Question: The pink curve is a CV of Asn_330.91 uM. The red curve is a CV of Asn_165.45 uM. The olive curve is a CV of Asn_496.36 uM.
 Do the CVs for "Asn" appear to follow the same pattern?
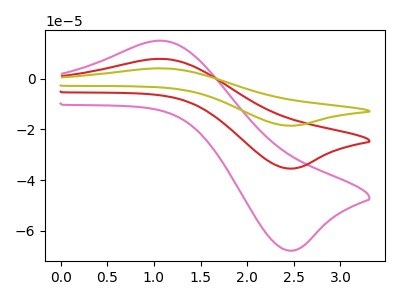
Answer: <think>The pink curve "Asn_330.91 uM" has an anodic peak at (1.10V, 15.00uA) and a cathodic peak at (2.45V, -67.85uA). The red curve "Asn_165.45 uM" has an anodic peak at (1.10V, 7.85uA) and a cathodic peak at (2.45V, -35.45uA). The olive curve "Asn_496.36 uM" has an anodic peak at (1.10V, 15.70uA) and a cathodic peak at (2.45V, -70.90uA).
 All the peaks in "Asn_330.91 uM" have a peak in "Asn_165.45 uM" at the same potential. Every peak in "Asn_330.91 uM" is higher than every peak in "Asn_165.45 uM". All the peaks in "Asn_330.91 uM" have a peak in "Asn_496.36 uM" at the same potential. Every peak in "Asn_330.91 uM" is lower than every peak in "Asn_496.36 uM". All the peaks in "Asn_165.45 uM" have a peak in "Asn_496.36 uM" at the same potential. Every peak in "Asn_165.45 uM" is lower than every peak in "Asn_496.36 uM".</think>
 <answer>All the CV's of "Asn" have similar shape.</answer>
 <eval>follow_rule</eval>